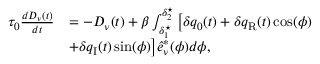
\begin{array} { r l } { \tau _ { 0 } \frac { d D _ { \nu } ( t ) } { d t } } & { = - D _ { \nu } ( t ) + \beta \int _ { \delta _ { 1 } ^ { \star } } ^ { \delta _ { 2 } ^ { \star } } \big [ \delta q _ { 0 } ( t ) + \delta q _ { \mathrm { { R } } } ( t ) \cos ( \phi ) } \\ & { + \delta q _ { \mathrm { { I } } } ( t ) \sin ( \phi ) \big ] \hat { e } _ { \nu } ^ { * } ( \phi ) d \phi , } \end{array}